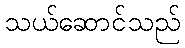
သယ်ဆောင်သည်